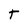
Character: T